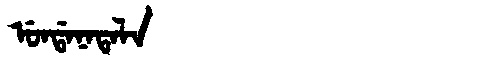
Manchu: ᡠᠨᡩᠠᠨᠠᡨᠠᠯᠠ
Romanization: UNDANATALA